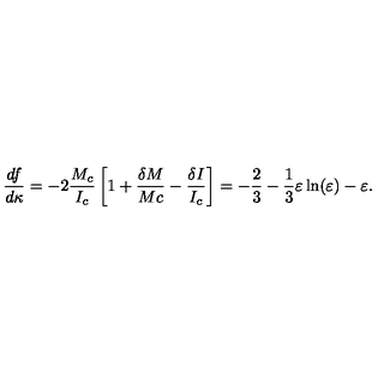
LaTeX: \frac { d f } { d \kappa } = - 2 \frac { M _ { c } } { I _ { c } } \left[ 1 + \frac { \delta M } { M c } - \frac { \delta I } { I _ { c } } \right] = - \frac { 2 } { 3 } - \frac { 1 } { 3 } \varepsilon \ln ( \varepsilon ) - \varepsilon .